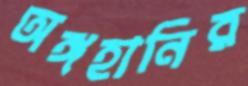
অঙ্গহানির